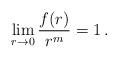
LaTeX: \begin{align*} \lim_{r\to 0}\frac{f(r)}{r^m}=1\,. \end{align*}